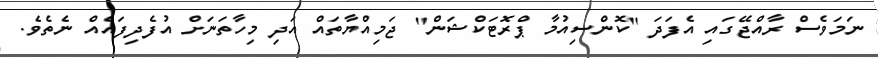
ނަމަވެސް ރާއްޖޭގައި އެފަދަ "ކޮންސިއުމާ ޕްރޮޓަކްޝަން" ޖަމިއްޔާތައް އަދި މިހާތަނަށް އުފެދިފައެއް ނެތެވެ.